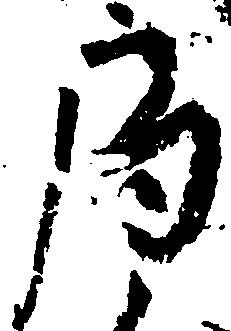
局